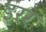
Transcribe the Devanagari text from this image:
इरर